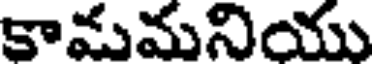
కామమనియు